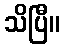
သိပြီ။